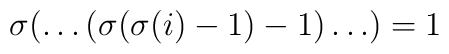
\sigma(\dots(\sigma(\sigma(i)-1)-1)\dots) = 1